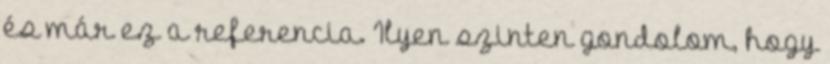
és már ez a referencia. Ilyen szinten gondolom, hogy